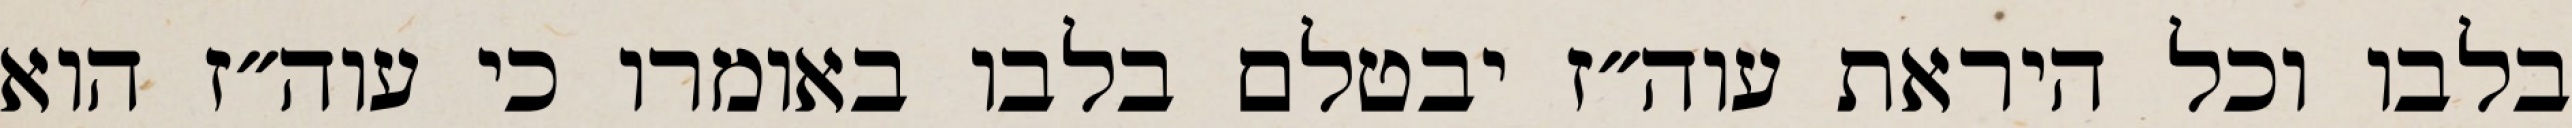
בלבו וכל היראת עוה״ז יבטלם בלבו באומרו כי עוה״ז הוא